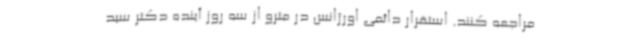
مراجعه کنند. استقرار دائمی اورژانس در مترو از سه روز آینده دکتر سید